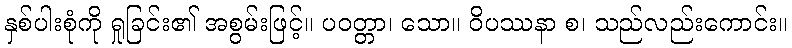
နှစ်ပါးစုံကို ရှုခြင်း၏ အစွမ်းဖြင့်။ ပဝတ္တာ၊ သော။ ဝိပဿနာ စ၊ သည်လည်းကောင်း။